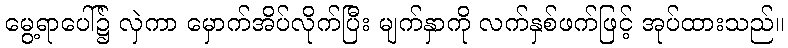
မွေ့ရာပေါ်၌ လှဲကာ မှောက်အိပ်လိုက်ပြီး မျက်နှာကို လက်နှစ်ဖက်ဖြင့် အုပ်ထားသည်။